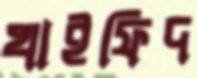
খাইফিদ